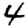
Digit: 4